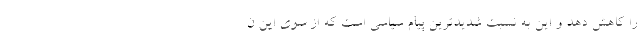
را کاهش دهد و این به نسبت شدیدترین پیام سیاسی است که از سوی این ن